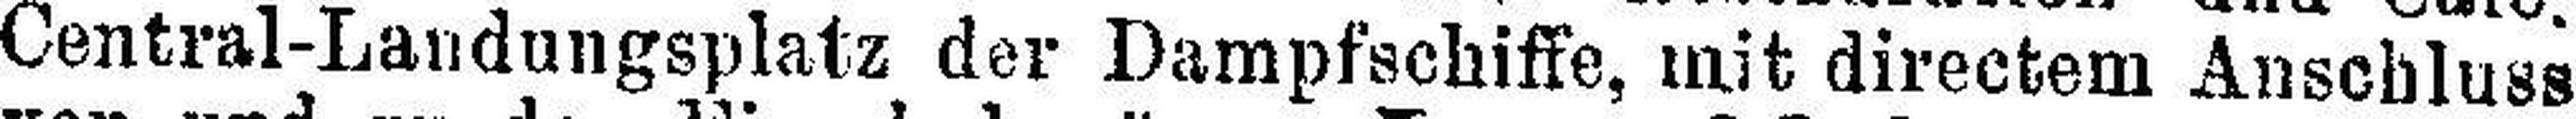
Central-Landungsplatz der Dampfschiffe, mit directem Anschluss